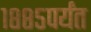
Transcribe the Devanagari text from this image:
१८८५पर्यंत